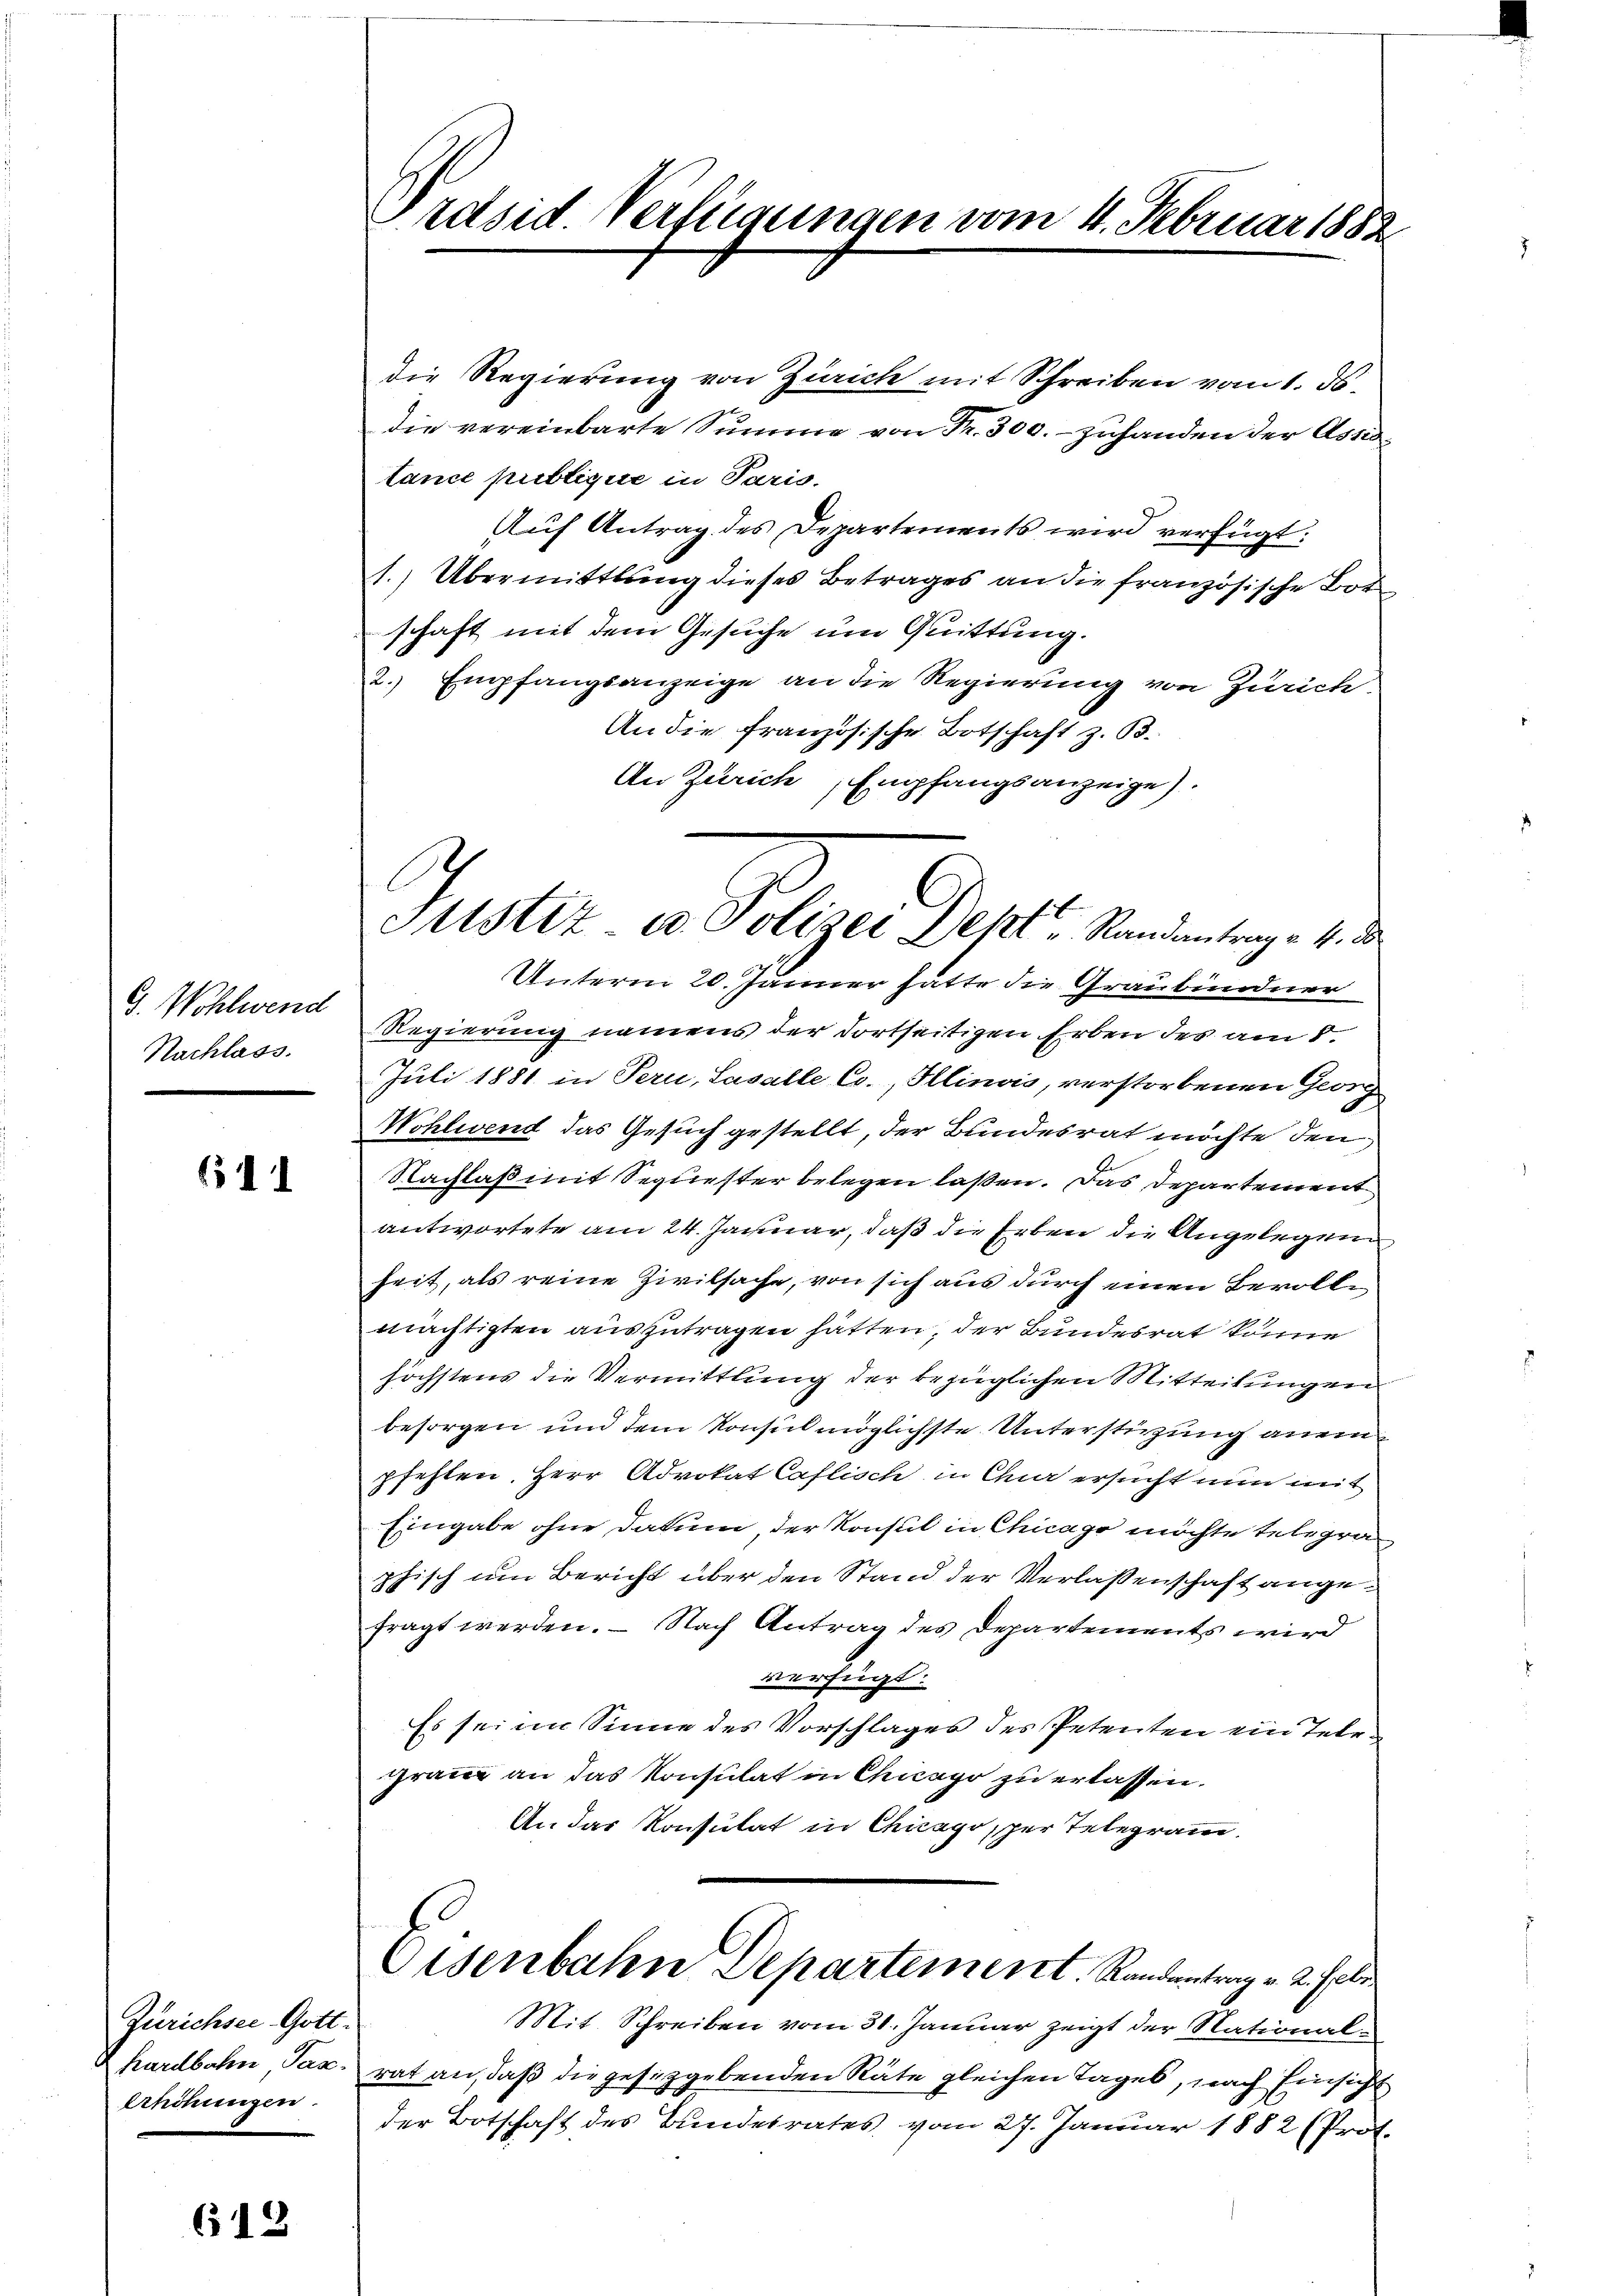
G. Wohlwend
Nachlass.

611

Zürichsee Gott.
hardbahn Tax
Erhöhungen.

618

Präsid Verfügungen vom 4. Februar 1882

die Regierung von Zürich mit Schreiben vom 1. ds.
die vereinbarte Summe von Fr. 300. zuhanden der Assistance publique in Paris.
Auf Antrag des Departements wird verfügt:
1. Übermittlung dieses Betrages an die französische Bot
schaft mit dem Gesuche um Quittung.
2. Empfangsanzeige an die Regierung von Zürich
An die Französische Botschaft z. B.
An Zürich, Empfangsanzeige).
Unterm 20. Jänner hätte die Graubündner
Regierung namens der dortseitigen Erben des am 1.
Juli 1881 in Pern, Lasalle Co., Illinois, verstorbenen Georg
Wohlwend das Gesuch gestellt, der Bundesrat möchte den
Nachlaß mit Sequester belegen laßen. Das Departement
antwortete am 24. Januar, daß die Erben die Angelegend
heit, als reine Zivilsache, von sich aus durch einen Bevollimächtigten auszutragen hätten, der Bundesrat könne
höchstens die Vermittlung der bezüglichen Mitteilungen
besorgen und dem Konsul möglichste Unterstürzung aneinpfehlen. Herr Advokat Caflisch in Chur ersucht nun mit
Eingabe ohne datum, der Konsul in Chicago möchte telegraphisch um Bericht über den Stand der Verlassenschaft angefragt werden. — Nach Antrag des Departements wird
verfügt:
Es sei im Sinne des Vorschlages des Petenten ein Telegranz an das Konsulat in Chicago zu erlassen.
An das Konsulat in Chicago per Telegramm.

Justiz u. Polizei Dekt" Randantrag v. 4. da

Eisenbahn Departement. Randentrag v. 2. Febr

Mit Schreiben vom 31. Januar zeigt der Nationalrat an, daß die gesetzgebenden Räte gleichen Tages, nach Einsicht
der Botschaft des Bundesrates vom 27. Januar 1882 (Prof.